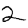
Digit: 2